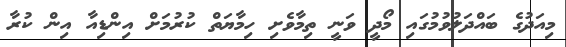
މިއަދުގެ ބައްދަލުވުމުގައި މޯދީ ވަނީ ތިމާވެށި ހިމާޔަތް ކުރުމަށް އިންޑިއާ އިން ކުރާ